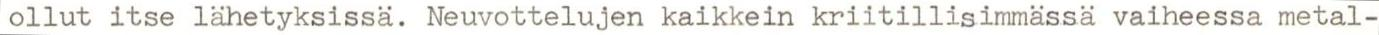
ollut itse lähetyksissä. Neuvottelujen kaikkein kriitillisimmässä vaiheessa metal-